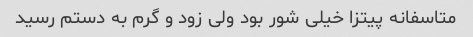
متاسفانه پیتزا خیلی شور بود ولی زود و گرم به دستم رسید